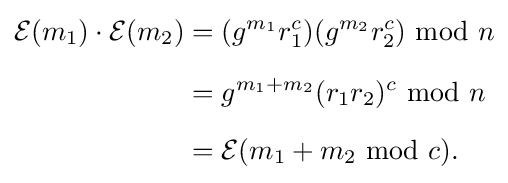
{\begin{aligned}{\mathcal {E}}(m_{1})\cdot {\mathcal {E}}(m_{2})&=(g^{m_{1}}r_{1}^{c})(g^{m_{2}}r_{2}^{c})\;{\bmod {\;}}n\\[6pt]&=g^{m_{1}+m_{2}}(r_{1}r_{2})^{c}\;{\bmod {\;}}n\\[6pt]&={\mathcal {E}}(m_{1}+m_{2}\;{\bmod {\;}}c).\end{aligned}}